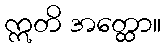
ဣတိ အတ္ထော။